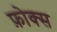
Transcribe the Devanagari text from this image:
फ़ोक्स